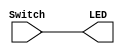
module main (input [0:3] Switch,  output [0:3] LED);
       
assign LED = Switch;
 
endmodule